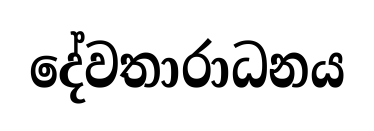
දේවතාරාධනය